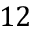
1 2